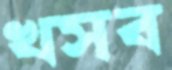
খসব